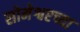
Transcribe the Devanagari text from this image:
सोमेश्वरच्या